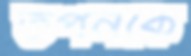
তপনকে